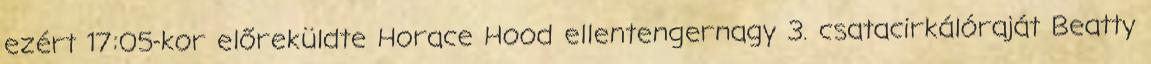
ezért 17:05-kor előreküldte Horace Hood ellentengernagy 3. csatacirkálóraját Beatty